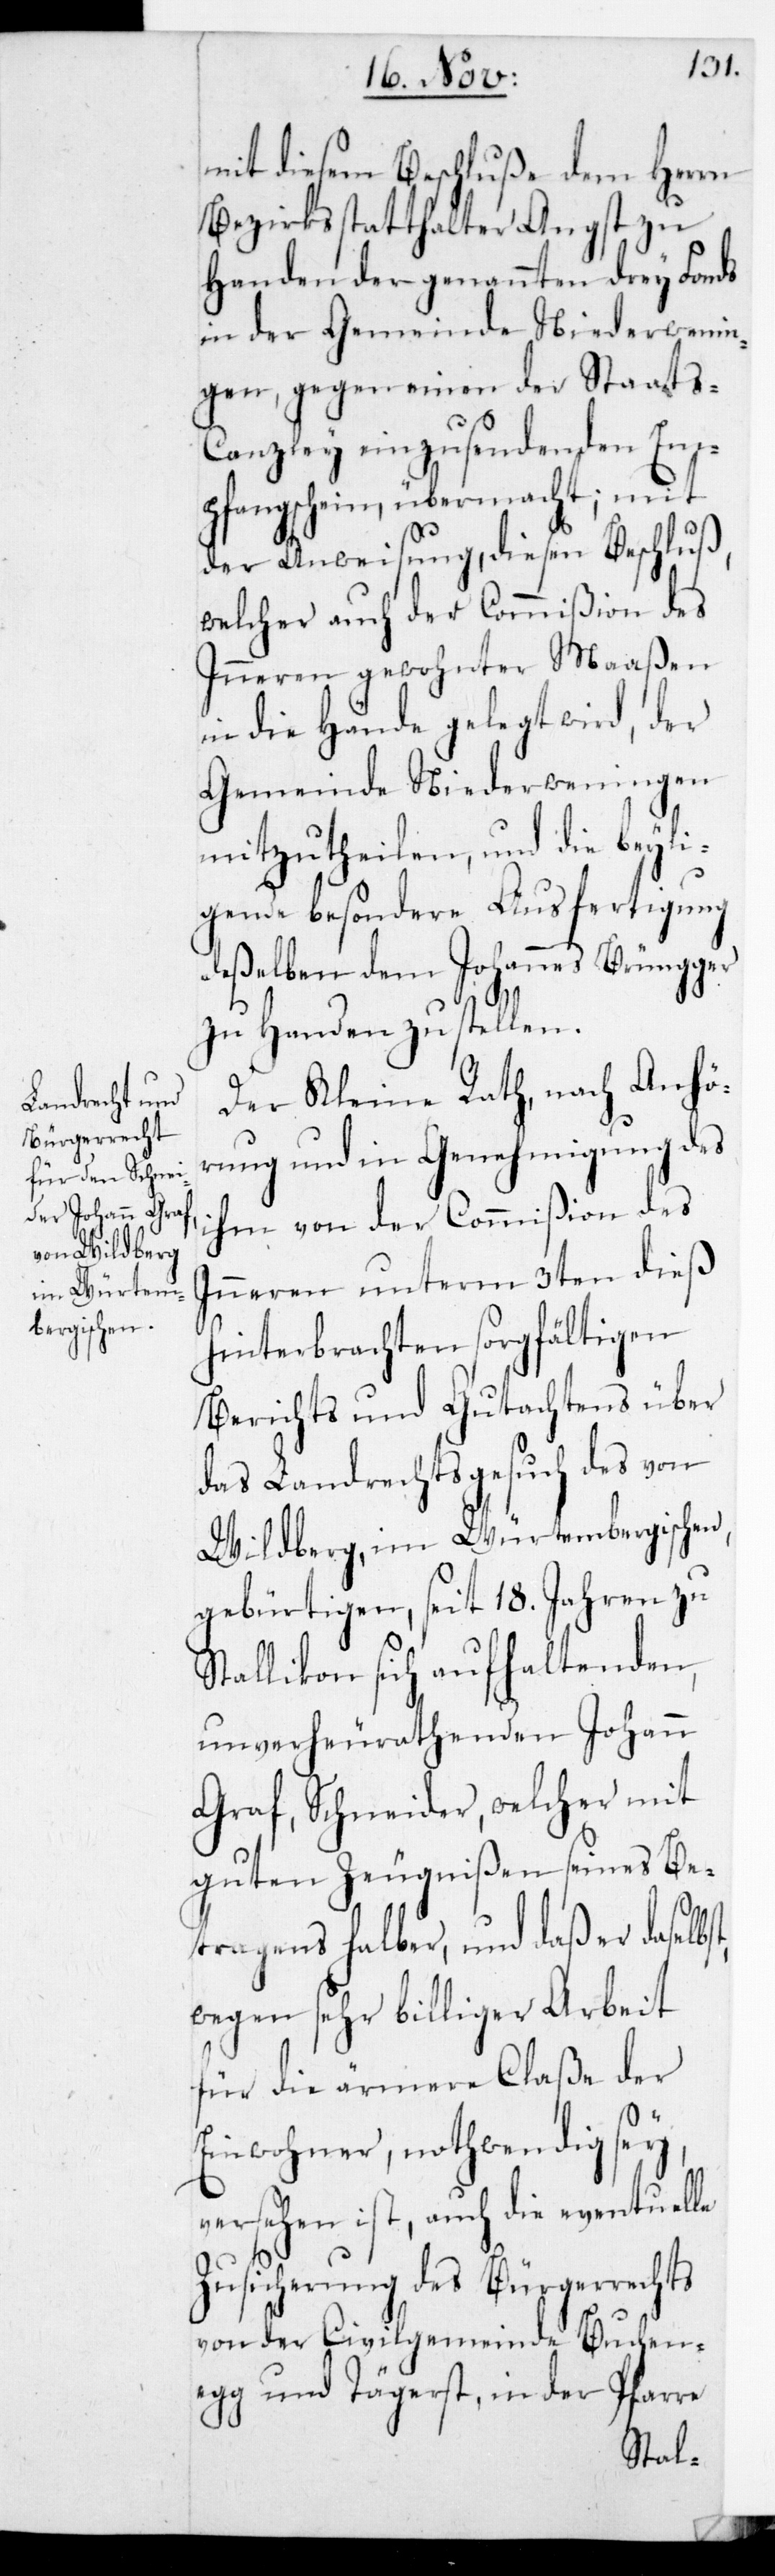
mit diesem Beschluße
bst,
Bezirksstatthalter Angst zu
Handen der genannten drey Fon¬
in der Gemeinde Niederwenin¬
gen, gegen einen der Staats-C¬
anzley einzusendenen Em¬
pfangsschein übermacht; mit
der Anweisung, diesen Beschluß,
welcher auch der Commißion des
Inneren gewohnter Maaßen
in die Hände gelegt wird, der
Gemeinde Niederweningen
mitzutheilen, und die beylie¬
gende besondere Ausfertigung
deßelben dem Johannes Brüngger
zu Handen zu stellen.
Der Kleine Rath, nach Anhö¬
rung und in Genehmigung des
ihm von der Commißion des
Inneren unterm 3ten dieß
hinterbrachten sorgfältigen
Berichts und Gutachtens über
das Landrechtsgesuch des von
Wildsberg im Würtembergischen,
gebürtigen, seit 18. Jahren zu
Stallikon sich aufhaltenden,
unverheuratheten Johann
Graf, Schneider, welcher mit
guten Zeugnißen seines Be¬
tragens halber, und daß er dasel¬
wegen sehr billiger Arbeit
für die ärmere Claße der
Einwohner, nothwendig sey,
versehen ist, auch die eventuelle
Zusicherung des Bürgerrechts
von den Civilgemeinde Buchen¬
egg und Tägerst, in der Pfarre